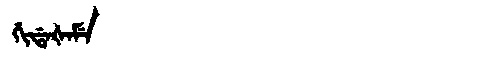
Manchu: ᡤᡳᡩᠠᡧᠠᠮᡝ
Romanization: GIDAŠAME